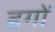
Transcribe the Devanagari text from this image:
डगों